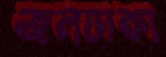
জলঢাকা